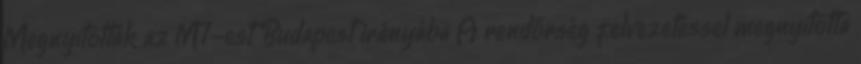
Megnyitották az M7-est Budapest irányába A rendőrség felvezetéssel megnyitotta